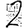
Digit: 2